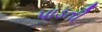
પાડતી